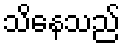
သိနေသည်